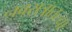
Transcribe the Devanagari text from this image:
नवरात्रातल्या